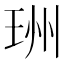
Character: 𤥅